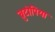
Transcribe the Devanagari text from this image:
ब्रुटोपिया